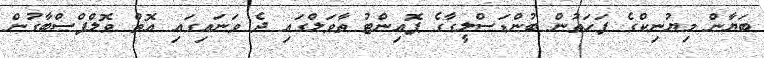
ބަޔާން މިޔުނިކްގެ ފަހަތުން ބުންޑަސްލީގާގެ ޕޮއިންޓު ތާވަލްގައި ދެ ވަނައިގައި އޮތް ވޮލްފްސްބާގުން